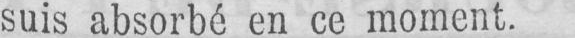
suis absorbé en ce moment.